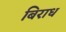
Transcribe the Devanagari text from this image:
बिराध